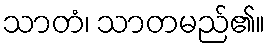
သာတံ၊ သာတမည်၏။